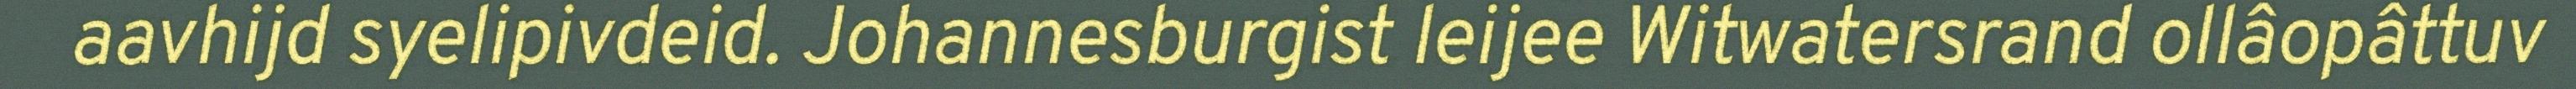
aavhijd syelipivdeid. Johannesburgist leijee Witwatersrand ollâopâttuv